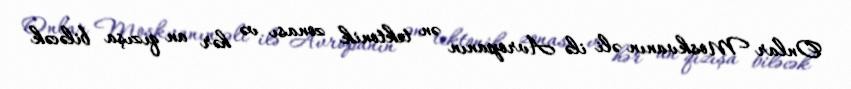
Onlar Moskvanın əli ilə Avropanın ən tektonik zonası və hər an qızışa biləcək